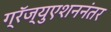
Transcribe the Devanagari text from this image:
ग्रॅज्युएशननंतर